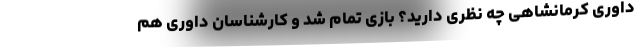
داوری کرمانشاهی چه نظری دارید؟ بازی تمام شد و کارشناسان داوری هم